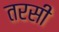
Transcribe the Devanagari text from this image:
तरसी